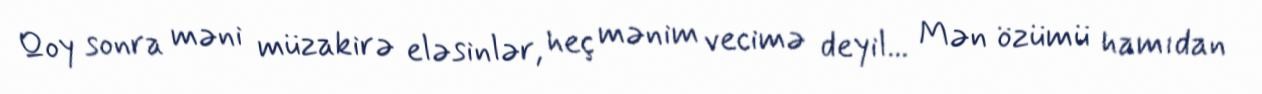
Qoy sonra məni müzakirə eləsinlər, heç mənim vecimə deyil... Mən özümü hamıdan